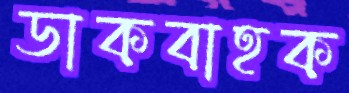
ডাকবাহক